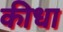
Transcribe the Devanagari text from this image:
कीधा